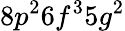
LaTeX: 8p^{2}6f^{3}5g^{2}